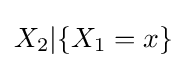
X_{2}|\{X_{1}=x\}